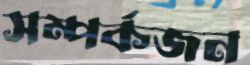
সম্পর্কজন